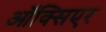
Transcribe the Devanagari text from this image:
ऑक्सिएर